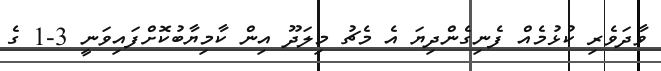
ވާދަވެރި ކުޅުމެއް ފެނިގެންދިޔަ އެ މެޗު މިލަދޫ އިން ކާމިޔާބުކޮށްފައިވަނީ 3-1 ގެ